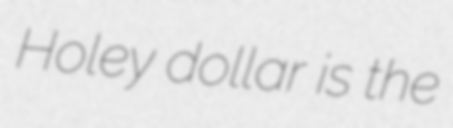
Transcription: Holey dollar is the